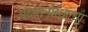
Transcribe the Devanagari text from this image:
अंदमानमधल्या